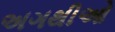
અગથીઓ